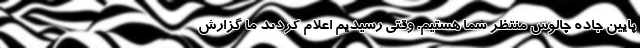
پایین جاده چالوس منتظر شما هستیم. وقتی رسیدیم اعلام کردند ما گزارش